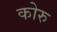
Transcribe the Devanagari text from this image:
कोरु